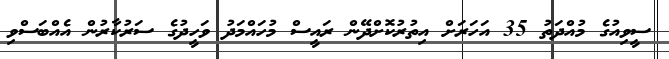
ސީވިއުގެ މުއްދަތު 35 އަހަރަށް އިތުރުކޮށްދޭން ރައީސް މުހައްމަދު ވަހީދުގެ ސަރުކާރުން އެއްބަސްވި